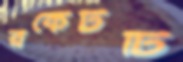
রকেটটি